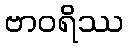
ဗာဝရိဿ